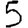
Digit: 5